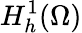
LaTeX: H_{h}^{1}(\Omega)